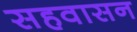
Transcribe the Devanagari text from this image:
सहवासन